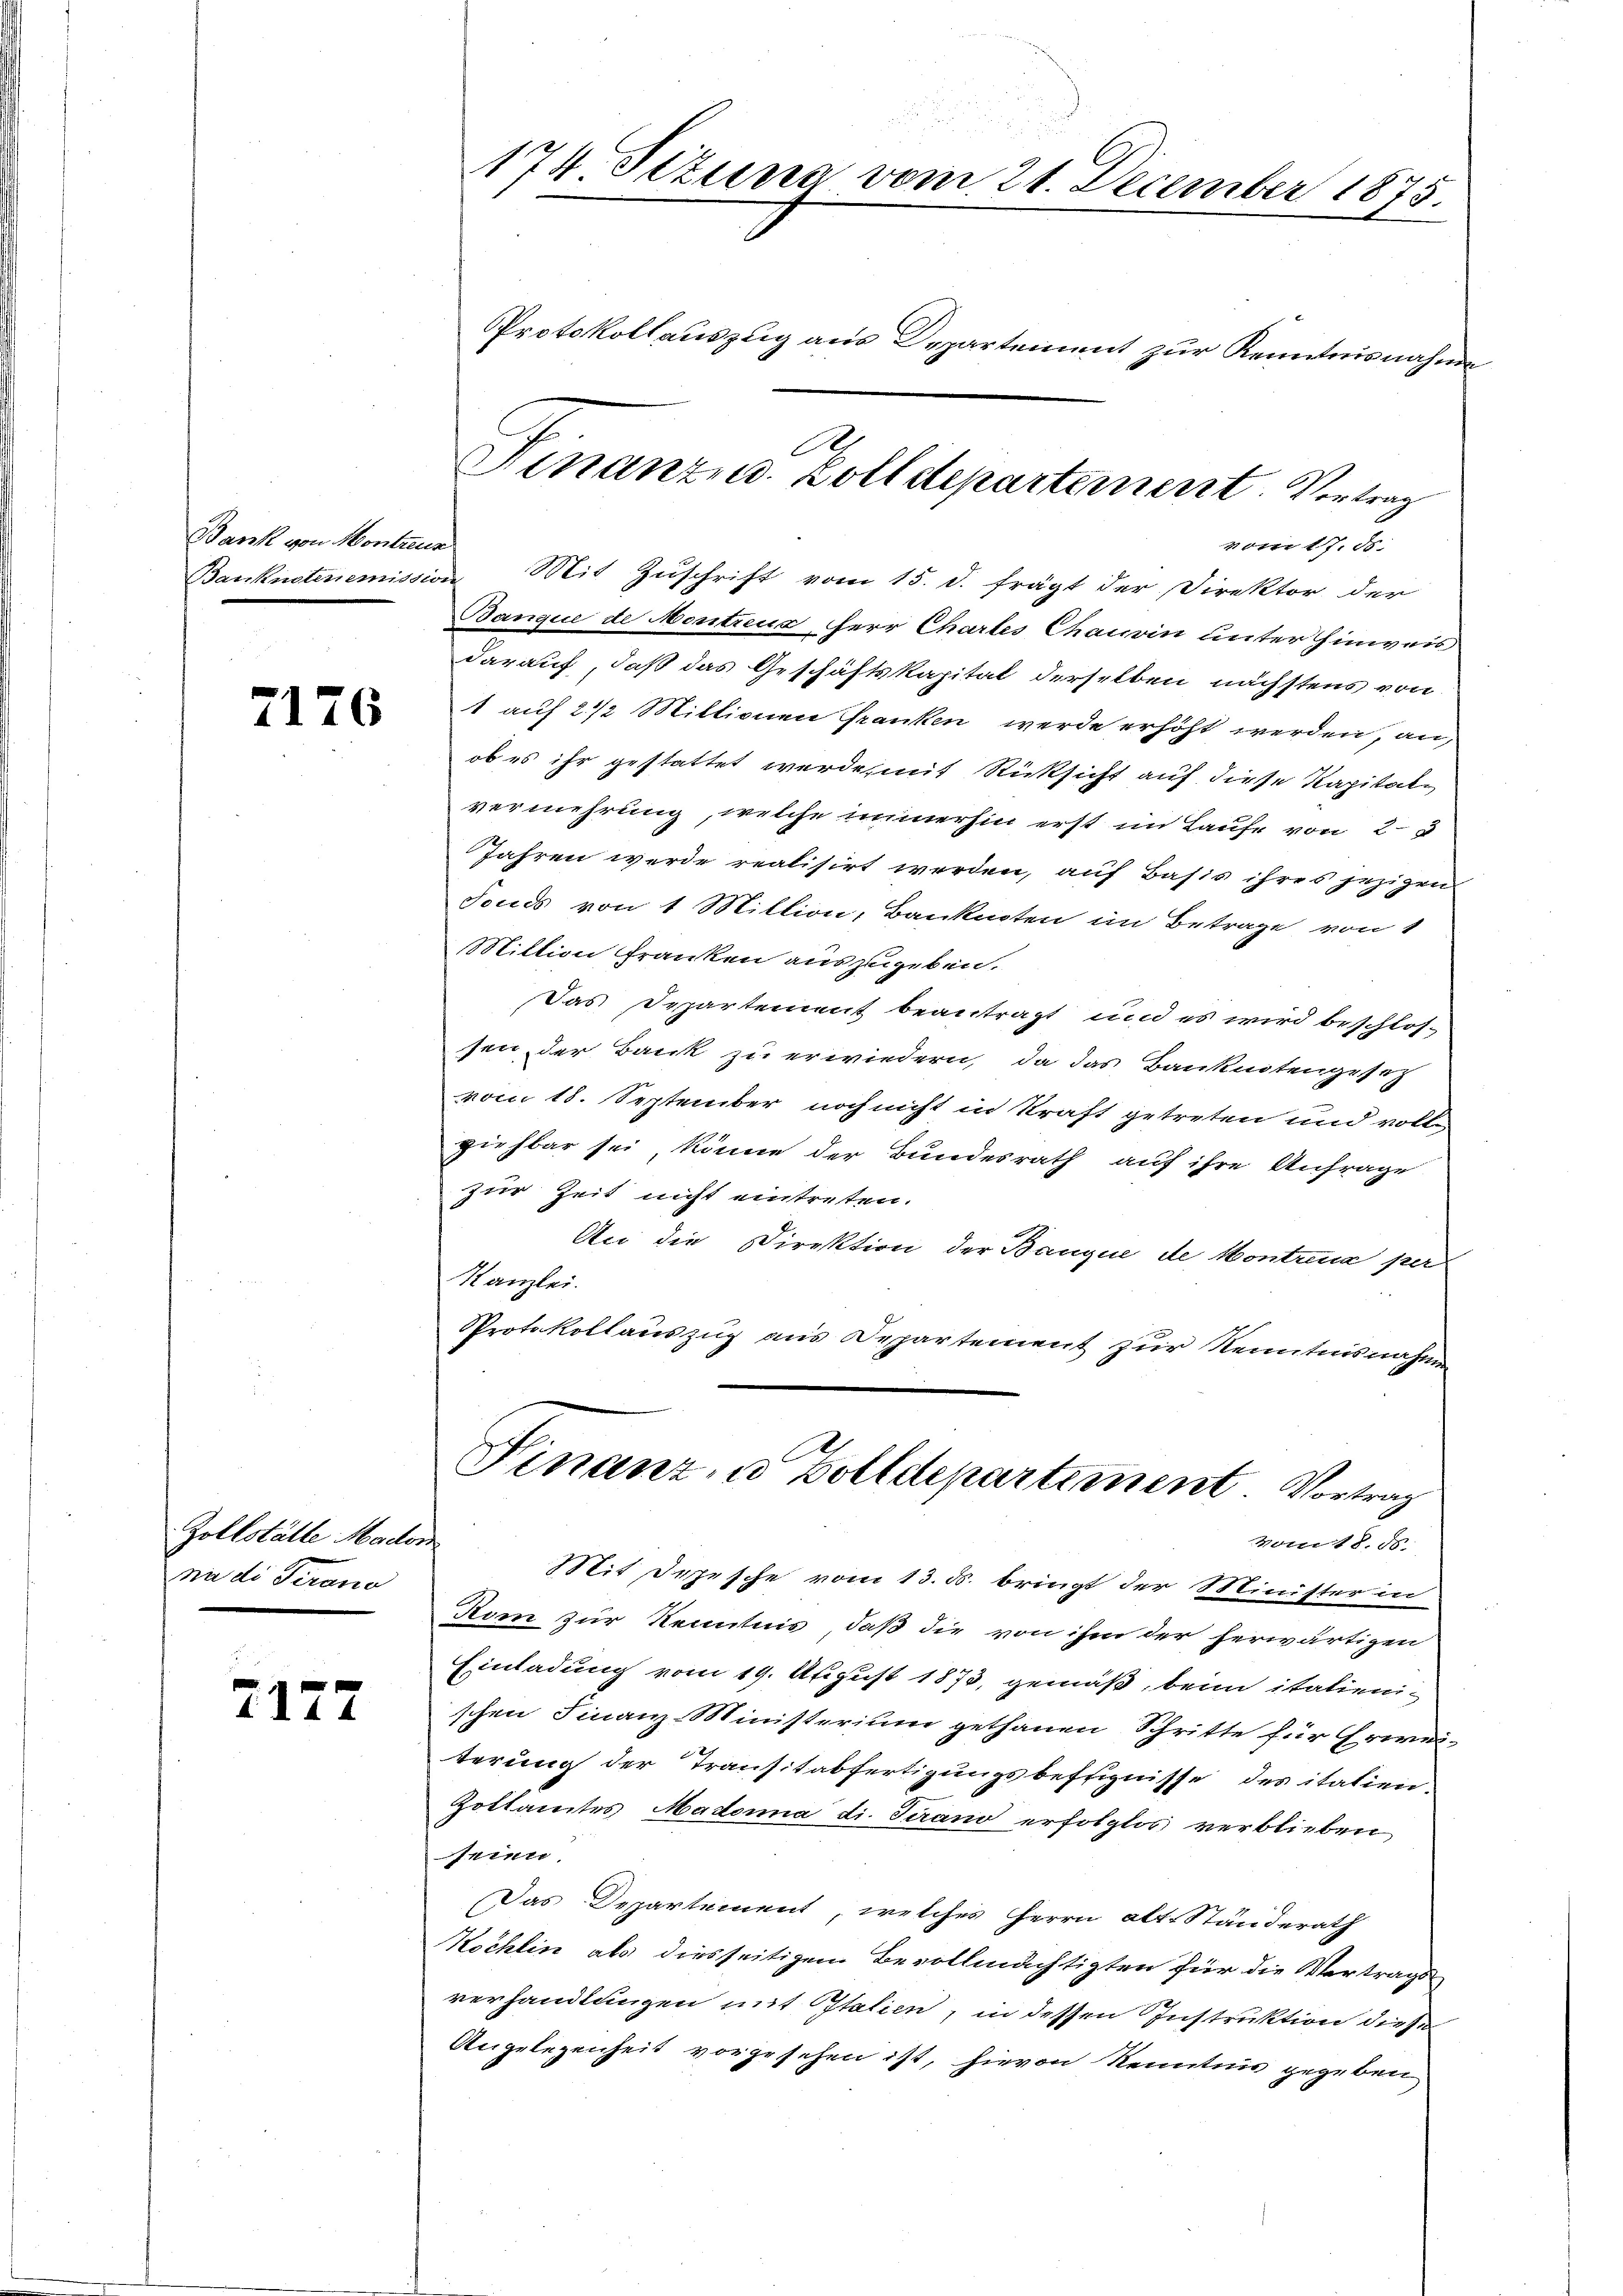
Bank von Montreux

2176

Zollställe Madon
ni die Verano

2177

Banque de Montreux, herr Chartes Chauin unter Hinweis
darauf, daß das Geschäftskapital derselben nächstens von
1 auf 2 1/2 Millionen Franken werde erhöht werden, an,
ob es ihr gestattet werde, mit Rücksicht auf diese Kapitalvermehrung, welche immerhin erst im Laufe von 23
Jahren werde realisirt werden, auf Basis ihres jezigen
Fonds von 1 Mittion, Banknoten im Betrage von 1
Mittion Franken auszugeben.
Das Departement beantragt und es wird beschlos-
sen, der Bank zu erwiedern, da das Banknotengesetz
vom 18. September noch nicht in Kraft getreten und vollziehbar sei, könne der Bundesrath auf ihre Anfrage
zur Zeit nicht eintreten.
An die Direktion der Banque de Montreux per
Kanzlei.
Protokollauszug aus Departement zur Kenntnisnahmen
2
Finanz- u Bolldepartement. Vortrag
Vom 18. ds.
Mit Depesche vom 13. ds. bringt der Minister in
Kom zur Kenntnis, daß die von ihm der herwärtigen
Einladung vom 19. August 1873, gemäß, beim italienischen Finanz-Ministerium gethanen Schritte für Erwei-
terung der Transitabfertigungsbefugnisse des italien-
Zottamtes, Madonna di. Tirano erfolglos verblieben
seien.
Das Departement, welches Herrn alt. Ständerath
Köchlin als diesseitigem Bevollmächtigten für die Vertrags
verhandlungen mit Statien, in dessen Instruktion diese
Angelegenheit vorgesehen ist, hievon Kenntnis gegeben

174 Sizung vom 21. December 1875.
Protokollauszug aus Departement zur Kenntnisnahme

d
Finanze. Solldepartement. Vertrag
vom 17. ds.
Banknotenemission Mit Zuschrift vom 15. d. frägt der Direktor der